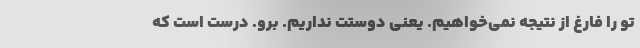
تو را فارغ از نتیجه نمی‌خواهیم. یعنی دوستت نداریم. برو. درست است که